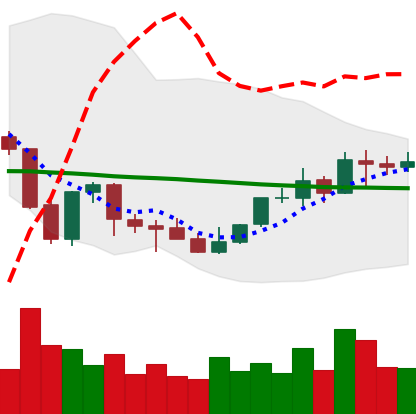
Ticker: NEO-USD
Chart end date: 2021-10-08
Forward return: -3.891%
Label: down_3_5